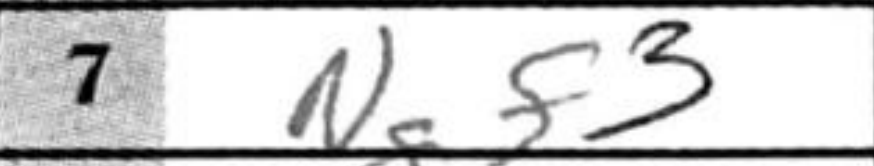
Transcription: Ngf3